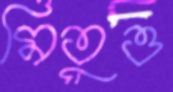
মিতুও